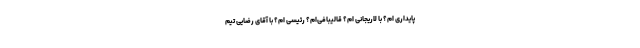
پایداری ام؟ با لاریجانی ام؟ قالیبافی‌ام؟ رئیسی ام؟ با آقای رضایی تیم